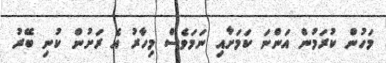
މަހުން ކުރަމުން އަންނަ ކަމަށާއި ނަމަވެސް މިހާރު އެ ރަށުން ކުނި ބޭރު